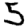
Digit: 5